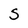
Character: S